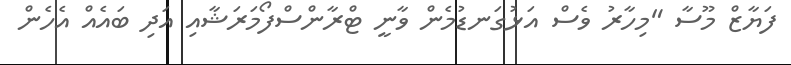
ފަޔާޒް މޫސާ "މިހާރު ވެސް އަޅުގަނޑުމެން ވާނީ ޓްރާންސްފޯމަރަޝާއި އަދި ބައެއް އެހެން